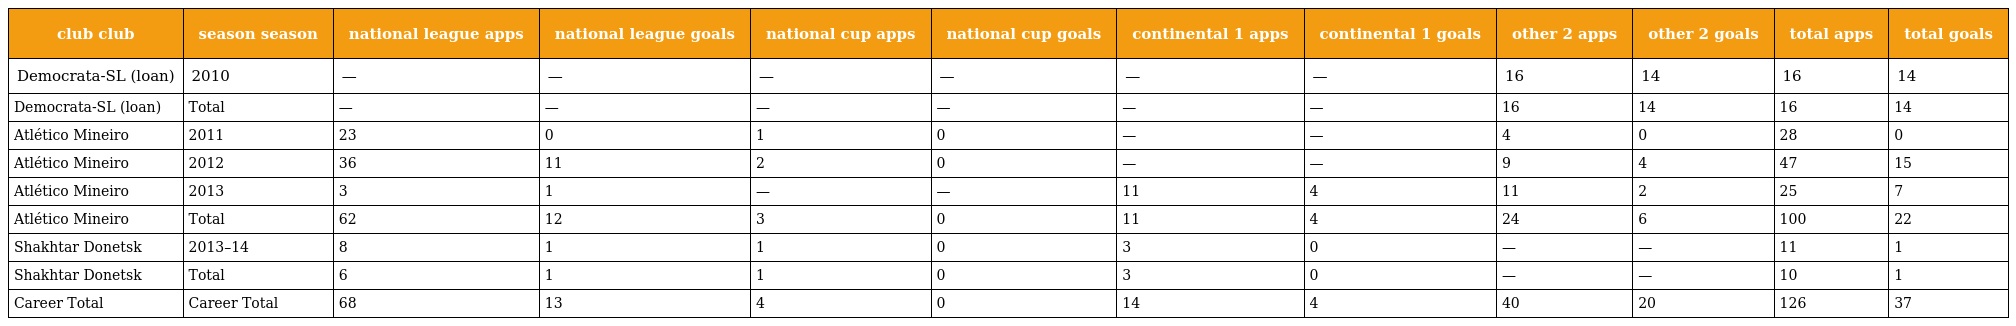
| club club | season season | national league apps | national league goals | national cup apps | national cup goals | continental 1 apps | continental 1 goals | other 2 apps | other 2 goals | total apps | total goals |
 | --- | --- | --- | --- | --- | --- | --- | --- | --- | --- | --- | --- |
 | Democrata-SL (loan) | 2010 | — | — | — | — | — | — | 16 | 14 | 16 | 14 |
 | Democrata-SL (loan) | Total | — | — | — | — | — | — | 16 | 14 | 16 | 14 |
 | Atlético Mineiro | 2011 | 23 | 0 | 1 | 0 | — | — | 4 | 0 | 28 | 0 |
 | Atlético Mineiro | 2012 | 36 | 11 | 2 | 0 | — | — | 9 | 4 | 47 | 15 |
 | Atlético Mineiro | 2013 | 3 | 1 | — | — | 11 | 4 | 11 | 2 | 25 | 7 |
 | Atlético Mineiro | Total | 62 | 12 | 3 | 0 | 11 | 4 | 24 | 6 | 100 | 22 |
 | Shakhtar Donetsk | 2013–14 | 8 | 1 | 1 | 0 | 3 | 0 | — | — | 11 | 1 |
 | Shakhtar Donetsk | Total | 6 | 1 | 1 | 0 | 3 | 0 | — | — | 10 | 1 |
 | Career Total | Career Total | 68 | 13 | 4 | 0 | 14 | 4 | 40 | 20 | 126 | 37 |